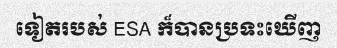
ទៀតរបស់ ESA ក៏បានប្រទះឃើញ